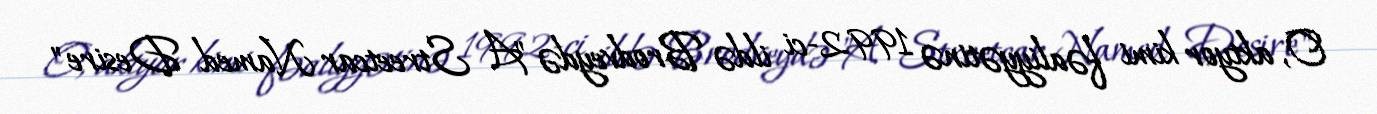
O, aktyor kimi fəaliyyətinə 1992-ci ildə Brodveydə "A Streetcar Named Desire"